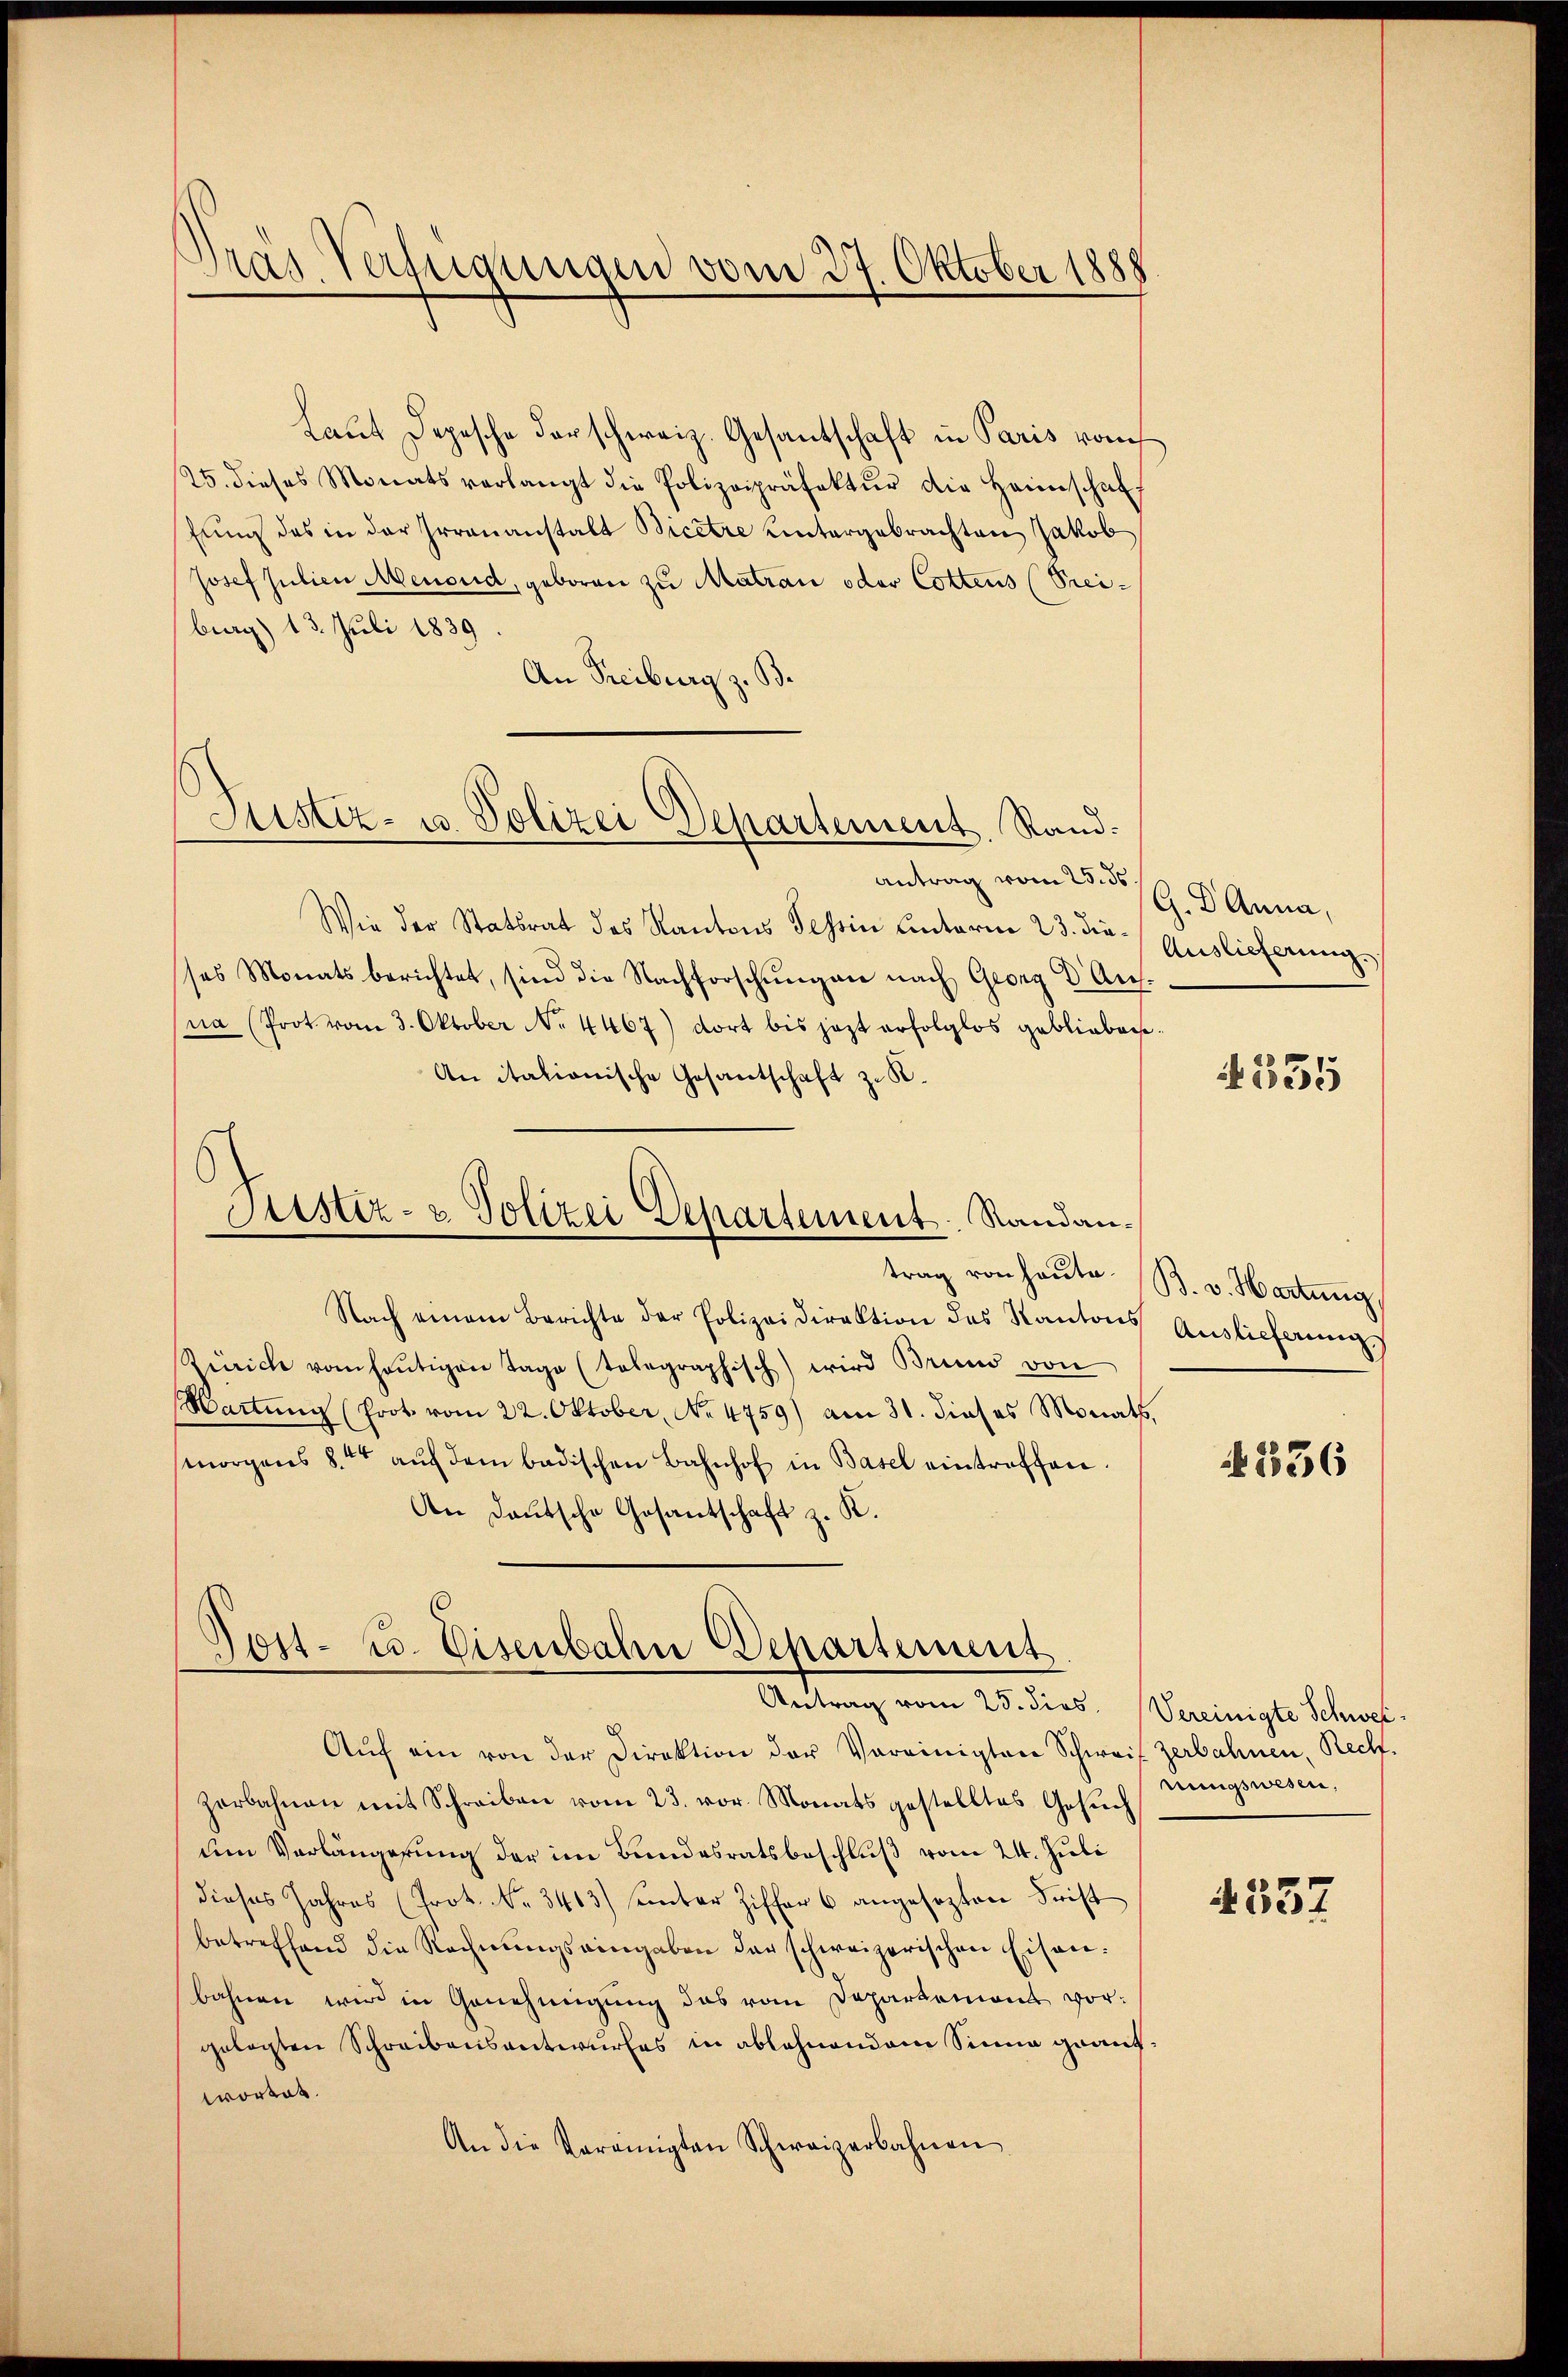
Gras Verfügungen vom 27. Oktober 1888

Justiz- u. Polizei Departement. Rand.

Laut Depesche darschweiz. Gesantschaft in Paris vom
25. dieses Monats verlangt die Polizeipräfektŭr die Heimschaf
fung des in der Irrauanstalt Bicere Untergebrachten Jakob
Josef Julien Menoud, geboren zu Matrau oder Cottens (Freiburg) 13. Juli 1839
An Freiburg z. B.
Antrag vom 25. ds.
Wie der Statsrat des Kantons Tessin unterm 23. dieses Monatsberichtet, sind die Nachforschŭngen nach Georg D Auf-
na (Prot vom 3. Oktober No. 4467) dort bis jezt erfolglos geblieben.
An italionische Gesantschaft z. K.
Sistiz- & Polizei Departement Randantrag von heute.
Nach einem Berichte der Polizeidirektion des Kantons Auslieferung
Remich von heŭtigen Tage (telegraphisch) wird Brund von
Hartung (Prot. vom 22. Oktober, No. 4759) am 31. dieses Monats,
morgens 84 aŭf dem badischen Bahnhof in Basel eintreffen.
An Deutsche Gesantschaft z. K.

Post- u. Eisenbahn Departement.
Antrag vom 25. dies. (Vereinigte Schwei¬

Aŭf ein von der Direktion der Vereinigten Schweif zerbahnen, Rech
zerbahnen mit Schreiben vom 23. vor. Monats gestelltes Gesŭch
um Verlängerung der im Bundesratsbeschluß vom 24. Juli
dieses Jahres (Prot. No. 3403) unter Ziffer 6 angesezten Frist
betreffend die Rechnŭngseingaben der schweizerischen Eisenbahnen wird in Genehmigung das vom Departement vorgelegten Schreibensantwurfes in ablehnendem Sinne graufwortet.
An die Vereinigten Schweizerbahnen

G. B. Anna,
Auslieferung.

335

B. v. Hartung

336

nungswesen,

4337